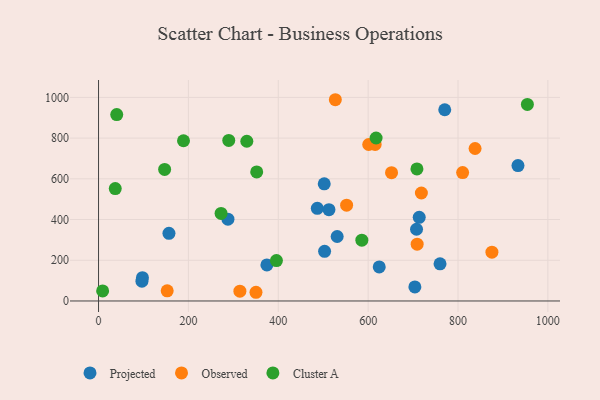
{"axis": {"x": "Price", "y": "Sales"}, "legend": ["Cluster A", "Observed", "Projected"], "data": [{"x": "760.0", "y": 182.2, "type": "Projected"}, {"x": "704.0", "y": 69.2, "type": "Projected"}, {"x": "374.7", "y": 176.9, "type": "Projected"}, {"x": "502.3", "y": 575.5, "type": "Projected"}, {"x": "770.5", "y": 939.3, "type": "Projected"}, {"x": "933.5", "y": 665.1, "type": "Projected"}, {"x": "713.7", "y": 410.8, "type": "Projected"}, {"x": "503.1", "y": 243.8, "type": "Projected"}, {"x": "486.9", "y": 455.1, "type": "Projected"}, {"x": "96.6", "y": 97.3, "type": "Projected"}, {"x": "97.7", "y": 114.3, "type": "Projected"}, {"x": "288.0", "y": 401.8, "type": "Projected"}, {"x": "624.7", "y": 167.3, "type": "Projected"}, {"x": "156.7", "y": 332.2, "type": "Projected"}, {"x": "531.1", "y": 316.7, "type": "Projected"}, {"x": "707.7", "y": 352.3, "type": "Projected"}, {"x": "512.8", "y": 448.2, "type": "Projected"}, {"x": "552.1", "y": 470.3, "type": "Observed"}, {"x": "652.1", "y": 630.1, "type": "Observed"}, {"x": "152.8", "y": 49.9, "type": "Observed"}, {"x": "314.6", "y": 48.2, "type": "Observed"}, {"x": "709.1", "y": 278.9, "type": "Observed"}, {"x": "601.3", "y": 768.5, "type": "Observed"}, {"x": "810.3", "y": 630.7, "type": "Observed"}, {"x": "875.5", "y": 239.5, "type": "Observed"}, {"x": "527.0", "y": 988.5, "type": "Observed"}, {"x": "615.6", "y": 768.8, "type": "Observed"}, {"x": "838.0", "y": 748.8, "type": "Observed"}, {"x": "718.5", "y": 530.3, "type": "Observed"}, {"x": "350.4", "y": 42.7, "type": "Observed"}, {"x": "352.0", "y": 633.8, "type": "Cluster A"}, {"x": "289.8", "y": 788.7, "type": "Cluster A"}, {"x": "617.7", "y": 800.5, "type": "Cluster A"}, {"x": "708.6", "y": 648.6, "type": "Cluster A"}, {"x": "586.0", "y": 298.8, "type": "Cluster A"}, {"x": "330.0", "y": 784.5, "type": "Cluster A"}, {"x": "9.1", "y": 49.2, "type": "Cluster A"}, {"x": "40.5", "y": 915.5, "type": "Cluster A"}, {"x": "147.1", "y": 646.1, "type": "Cluster A"}, {"x": "395.9", "y": 198.4, "type": "Cluster A"}, {"x": "272.7", "y": 430.2, "type": "Cluster A"}, {"x": "954.4", "y": 965.3, "type": "Cluster A"}, {"x": "189.1", "y": 787.1, "type": "Cluster A"}, {"x": "37.2", "y": 551.9, "type": "Cluster A"}]}